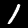
Digit: 1